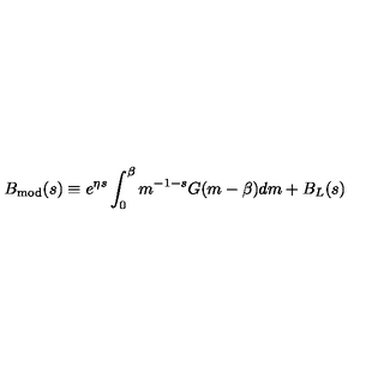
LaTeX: B _ { \mathrm { m o d } } ( s ) \equiv e ^ { \eta s } \int _ { 0 } ^ { \beta } m ^ { - 1 - s } G ( m - \beta ) d m + B _ { L } ( s )